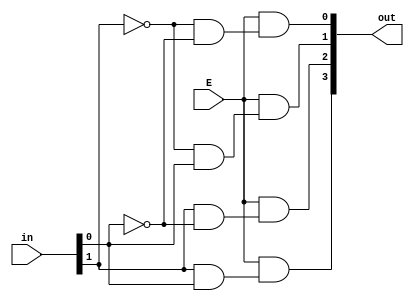
module lab7_decoder(output [3:0] out,input E, input [1:0] in);
 
 wire in_0_not,in_1_not;
 wire [3:0] w;
 
 not(in_0_not,in[0]);
 not(in_1_not,in[1]);
 
 and(w[0],in_1_not,in_0_not);
 and(w[1],in_1_not,in[0]);
 and(w[2],in[1],in_0_not);
 and(w[3],in[1],in[0]); 
 
 and(out[0],E,w[0]);
 and(out[1],E,w[1]);
 and(out[2],E,w[2]);
 and(out[3],E,w[3]);
 
endmodule